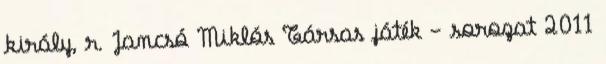
király, r. Jancsó Miklós Társas játék - sorozat 2011